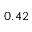
0 . 4 2